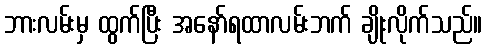
ဘားလမ်းမှ ထွက်ပြီး အနော်ရထာလမ်းဘက် ချိုးလိုက်သည်။